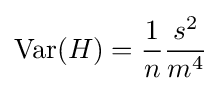
\operatorname {Var} (H)={\frac {1}{n}}{\frac {s^{2}}{m^{4}}}